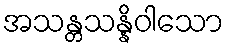
အသန္တသန္နိဝါသော